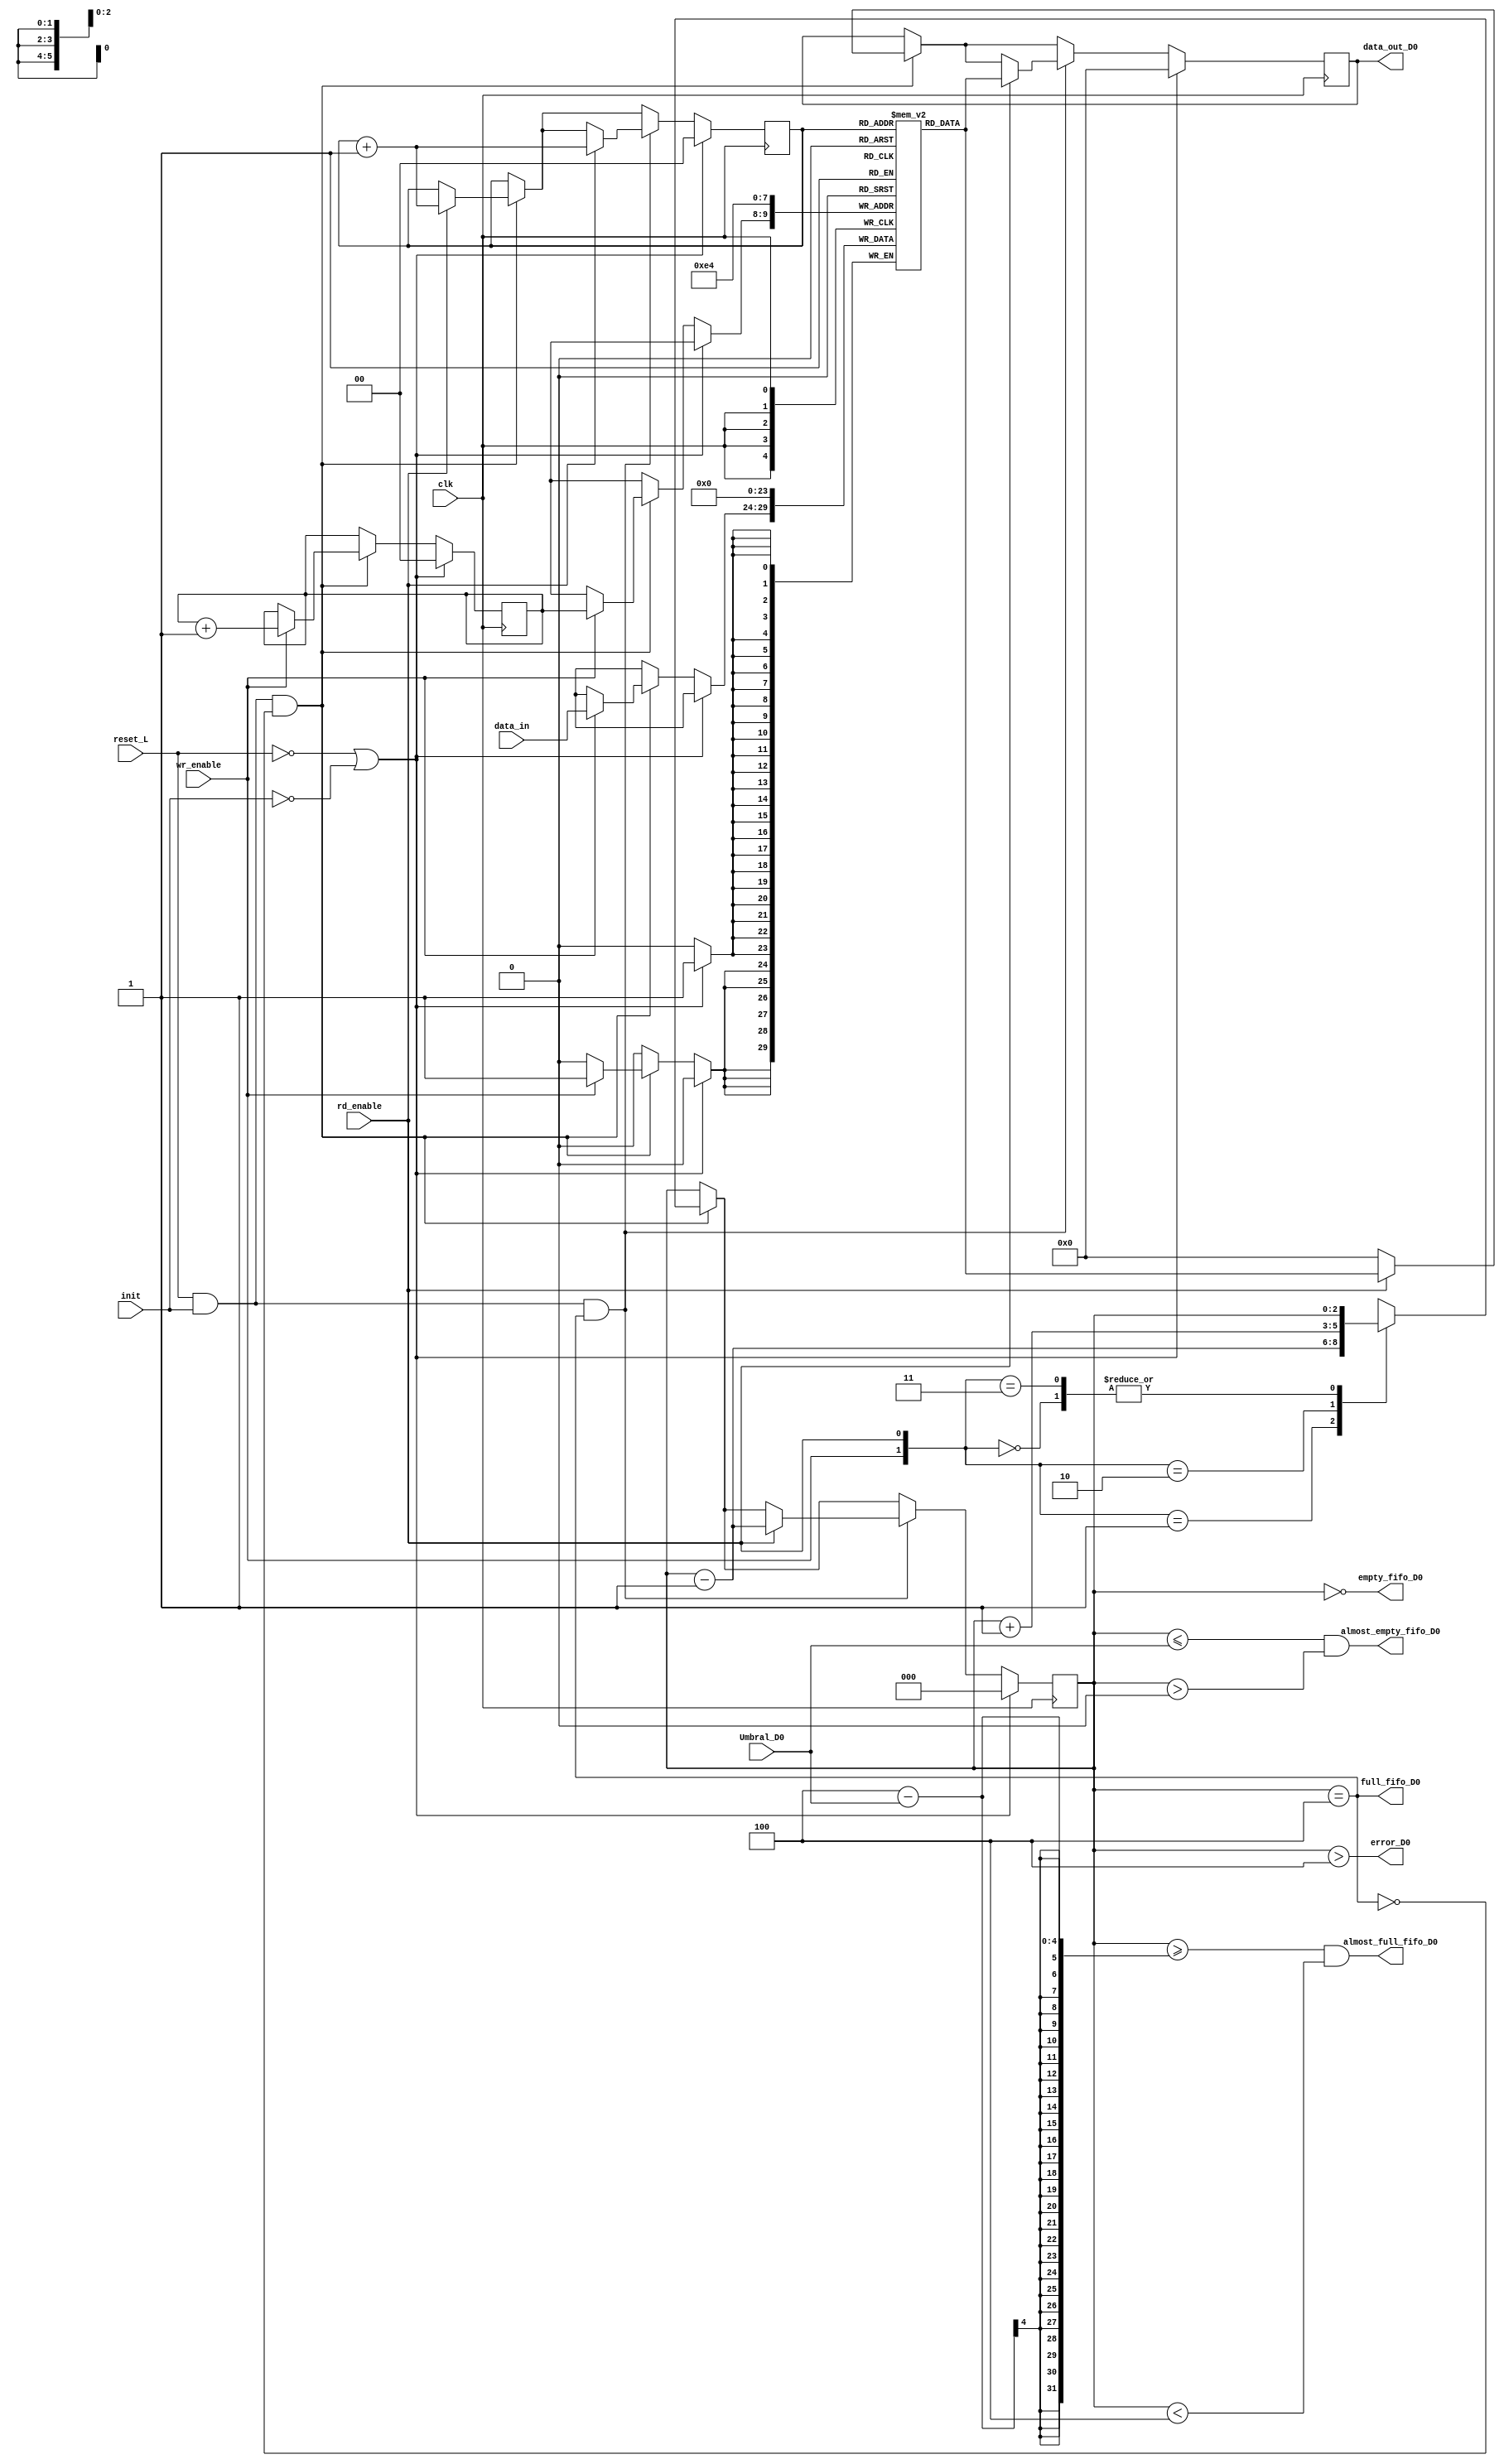
module D0_fifo #(
            parameter data_width = 6,
			parameter address_width = 2
            )
            (
            input clk, reset_L, wr_enable, rd_enable,init,
            input [data_width-1:0] data_in,
            input [3:0] Umbral_D0,
            output full_fifo_D0,
            output empty_fifo_D0,
            output almost_full_fifo_D0,
            output almost_empty_fifo_D0,
            output error_D0,
            output reg [data_width-1:0] data_out_D0
            );

    parameter size_fifo = 2**address_width;
    reg [data_width-1:0] mem [0:size_fifo-1];
    reg [address_width-1:0] wr_ptr;
    reg [address_width-1:0] rd_ptr;
    reg [address_width:0] cnt;
    wire full_fifo_D0_reg;

    assign full_fifo_D0 = (cnt == size_fifo);
    assign empty_fifo_D0 = (cnt == 0);  
    assign error_D0 = (cnt > size_fifo);
    assign almost_empty_fifo_D0 = (cnt <= Umbral_D0 && cnt>0);
    assign almost_full_fifo_D0 = (cnt >= size_fifo-Umbral_D0 && cnt < size_fifo);
    assign  full_fifo_D0_reg = full_fifo_D0;
    integer i;
// WRITE //
    always @(posedge clk) begin
       if (reset_L == 0 || init == 0) begin
            wr_ptr <= 0;
       		rd_ptr <= 4'b0;
            data_out_D0 <=0;
            cnt <= 0;
            for(i = 0; i<2**address_width; i=i+1) begin
				mem[i] <= 0;
			end
       end
        else begin
            if (reset_L == 1 && init == 1 && ~full_fifo_D0_reg) begin
                if (wr_enable == 1) begin
                     mem[wr_ptr] <= data_in;
                     wr_ptr <= wr_ptr+1;
                end

                if (rd_enable == 1) begin
                     data_out_D0 <= mem[rd_ptr];
                     rd_ptr <= rd_ptr+1;
                end
                else data_out_D0 <=0;

                case ({wr_enable, rd_enable})
                    2'b00: cnt <= cnt;
                    2'b01: cnt <= cnt-1;
                    2'b10: cnt <= cnt+1;
                    2'b11: cnt <= cnt;
                    default: cnt <= cnt;
                endcase
            end
            if (reset_L == 1 && init == 1 && full_fifo_D0_reg) begin
                 if (rd_enable == 1) begin
                     data_out_D0 <= mem[rd_ptr];
                     rd_ptr <= rd_ptr+1;
                     cnt <= cnt-1;
                 end
            end
        end
    end
  
       
endmodule